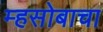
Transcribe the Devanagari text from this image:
म्हसोबाचा